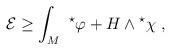
LaTeX: \begin{align*}{\cal E} \ge \int_{M} \ {}^\star \varphi + H\wedge {}^\star\chi \ ,\end{align*}